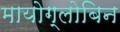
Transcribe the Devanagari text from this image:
मायोग्लोबिन